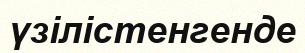
үзілістенгенде